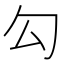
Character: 勾